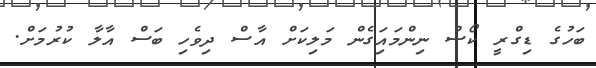
ބަހުގެ ޑިގްރީ ކޯސް ނިންމައަިގެން މަލިކަށް އާސް ދިވެހި ބަސް އާލާ ކުރުމަށް.